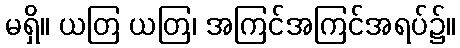
မရှိ။ ယတြ ယတြ၊ အကြင်အကြင်အရပ်၌။